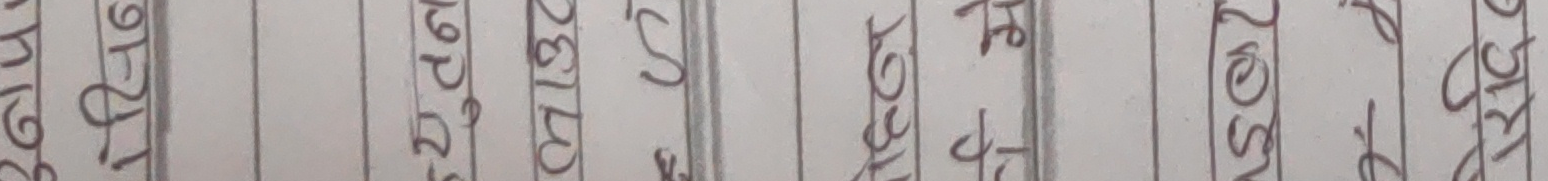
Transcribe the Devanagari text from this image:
घिउ
तेल
चिनी
दाल
चामल
साग
नुन
खुर्सानी